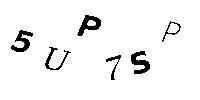
5UP7SP